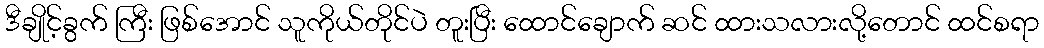
ဒီချိုင့်ခွက် ကြီး ဖြစ်အောင် သူကိုယ်တိုင်ပဲ တူးပြီး ထောင်ချောက် ဆင် ထားသလားလို့တောင် ထင်စရာ